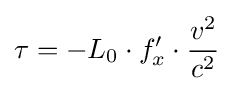
\tau =-L_{0}\cdot f'_{x}\cdot {\frac {v^{2}}{c^{2}}}